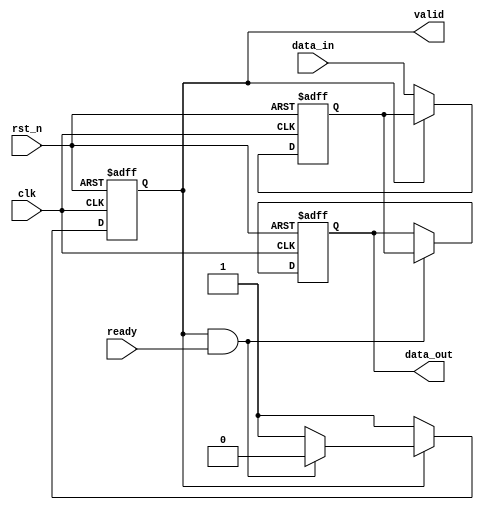
module ready_valid_handshake #(
    parameter DATA_WIDTH = 8
)(
    input wire clk,
    input wire rst_n,
    
    // Producer interface
    input wire [DATA_WIDTH-1:0] data_in,
    output reg valid,
    
    // Consumer interface
    output reg [DATA_WIDTH-1:0] data_out,
    input wire ready
);

// State Variables
reg [DATA_WIDTH-1:0] data_reg;

// Handshake implementation
always @(posedge clk or negedge rst_n) begin
    if (!rst_n) begin
        // Reset state
        valid <= 1'b0;
        data_reg <= {DATA_WIDTH{1'b0}};
        data_out <= {DATA_WIDTH{1'b0}};
    end else begin
        // Data transfer process
        if (valid && ready) begin
            // Transfer data to consumer
            data_out <= data_reg;

            // Acknowledge the data has been received
            valid <= 1'b0; // Deassert valid after consumer has read the data
        end

        if (!valid) begin
            // If the valid signal is low, producer can place new data
            valid <= 1'b1; // Assert valid signal
            data_reg <= data_in; // Hold the new data
        end
    end
end

endmodule